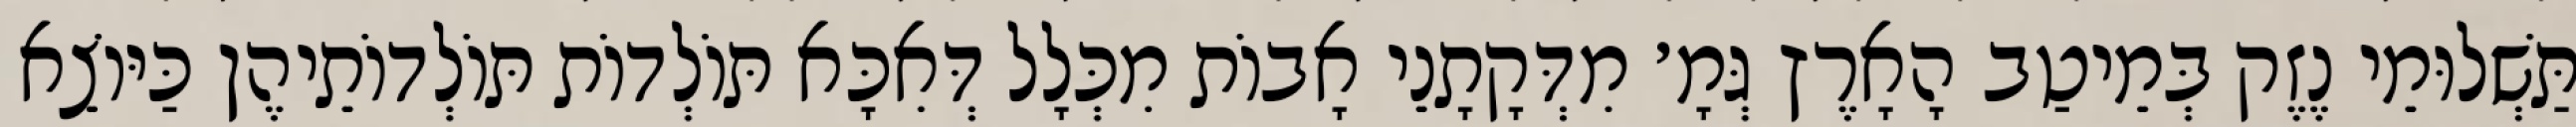
תַּשְׁלוּמֵי נֶזֶק בְּמֵיטַב הָאָרֶץ גְּמָ׳ מִדְּקָתָנֵי אָבוֹת מִכְּלָל דְּאִכָּא תּוֹלְדוֹת תּוֹלְדוֹתֵיהֶן כַּיּוֹצֵא